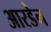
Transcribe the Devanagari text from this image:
आरडेन